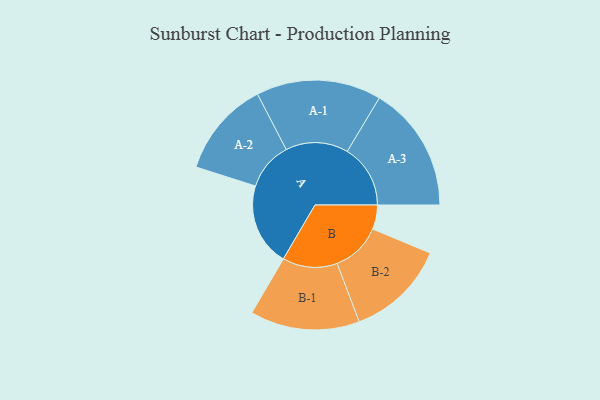
{"axis": {"x": "Segment", "y": "Value"}, "legend": ["", "A", "B"], "data": [{"x": "A", "y": 393, "type": ""}, {"x": "B", "y": 115, "type": ""}, {"x": "A-1", "y": 297, "type": "A"}, {"x": "A-2", "y": 228, "type": "A"}, {"x": "A-3", "y": 300, "type": "A"}, {"x": "B-1", "y": 260, "type": "B"}, {"x": "B-2", "y": 237, "type": "B"}]}